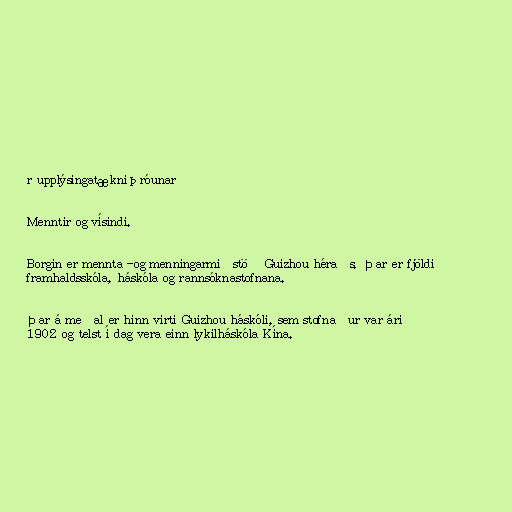
r upplýsingatækniþróunar

Menntir og vísindi.

Borgin er mennta -og menningarmiðstöð Guizhou héraðs. Þar er fjöldi
framhaldsskóla, háskóla og rannsóknastofnana.

Þar á meðal er hinn virti Guizhou háskóli, sem stofnaður var árið
1902 og telst í dag vera einn lykilháskóla Kína.